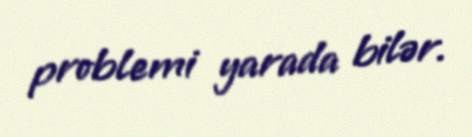
problemi yarada bilər.